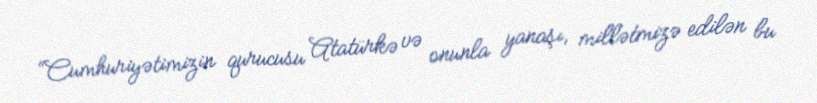
“Cumhuriyətimizin qurucusu Atatürkə və onunla yanaşı, millətmizə edilən bu